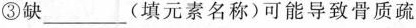
③缺___(填元素名称)可能导致骨质疏